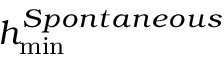
h _ { \operatorname* { m i n } } ^ { S p o n t a n e o u s }